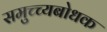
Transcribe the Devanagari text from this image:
समुच्च्यबोधक